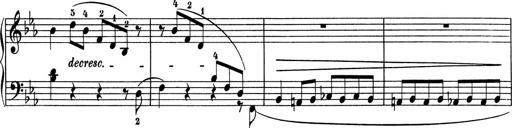
Title: 5 Sonatinen fÃ¼r die Jugend
Composer: Carl Reinecke